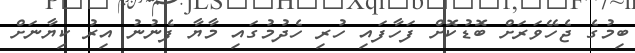
ބިމުގެ ޖެހޭވަރަށް ބޮޑުކޮށް ފަހާފައި ހުރި ހެދުމުގައި މާޔާ ފެނުނު އިރު ކިޔާނަށް